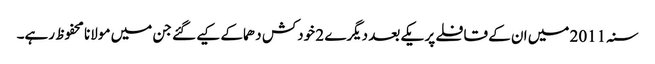
سنہ 2011 میں ان کے قافلے پر یکے بعد دیگرے 2 خودکش دھماکے کیے گئے جن میں مولانا محفوظ رہے۔